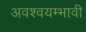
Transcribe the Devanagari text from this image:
अवश्वयम्भावी